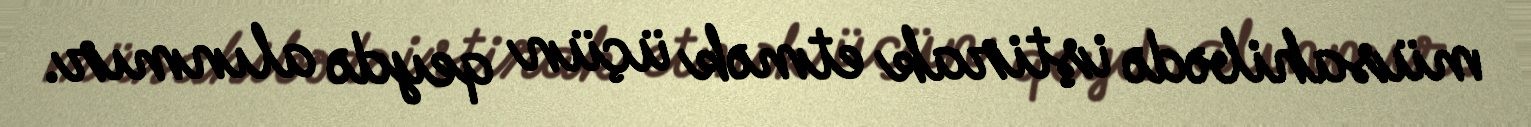
müsahibədə iştirak etmək üçün qeydə alınmır.